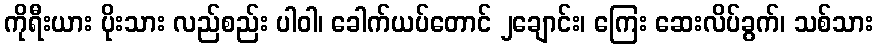
ကိုရီးယား ပိုးသား လည်စည်း ပါဝါ၊ ခေါက်ယပ်တောင် ၂ချောင်း၊ ကြေး ဆေးလိပ်ခွက်၊ သစ်သား